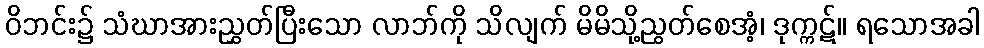
ဝိဘင်း၌ သံဃာအားညွှတ်ပြီးသော လာဘ်ကို သိလျက် မိမိသို့ညွတ်စေအံ့၊ ဒုက္ကဋ်။ ရသောအခါ